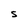
Character: S